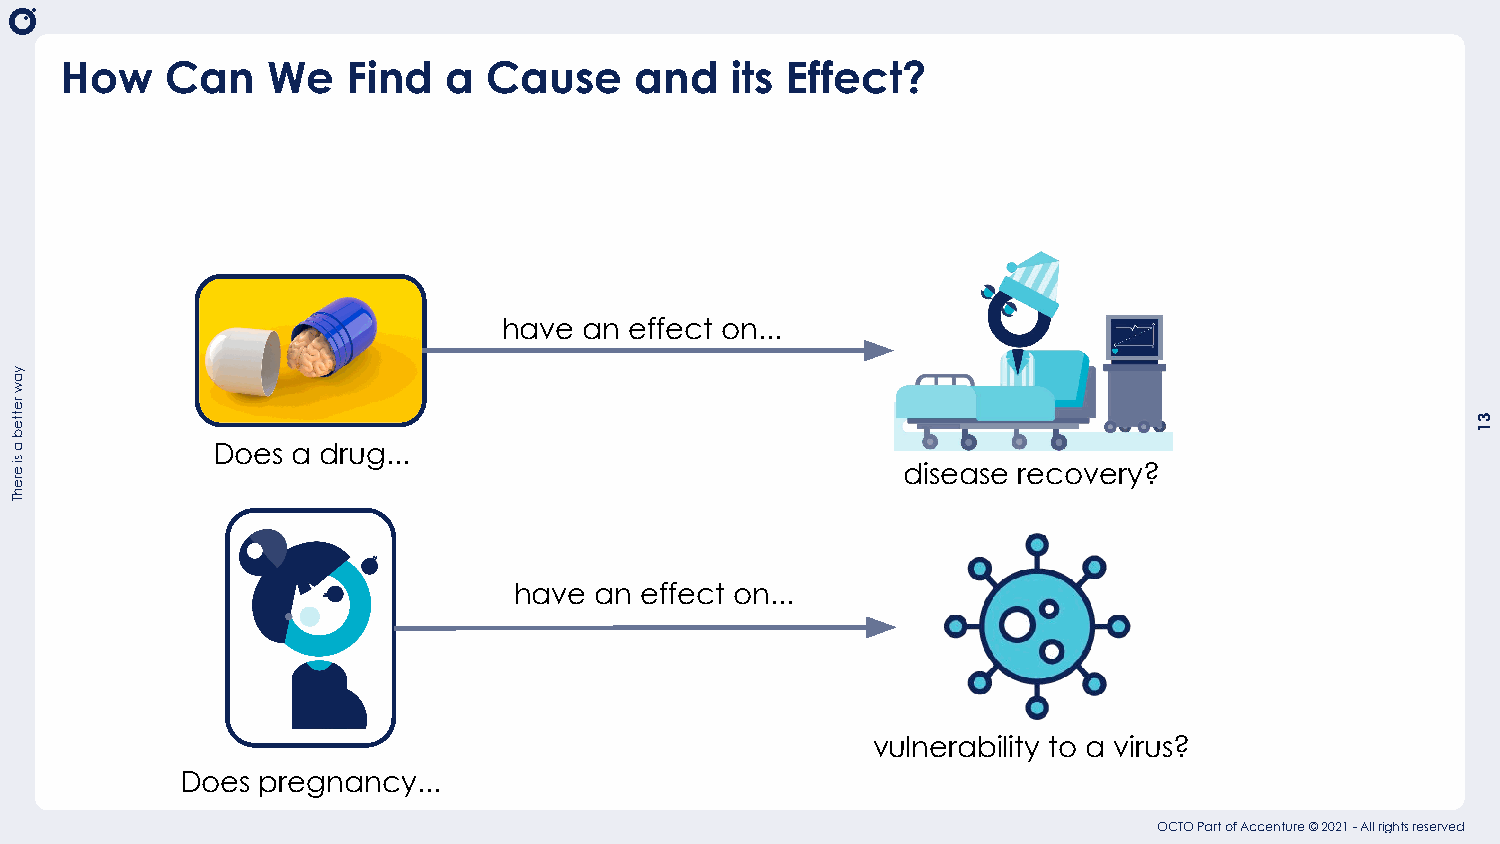
How    Can    We   Find  a  Cause     and   its Effect?
 have  an effect on...
 Does a drug...
 disease recovery?
 have an effect on...
 vulnerability to a virus?
 Does pregnancy...
 OCTO Part of Accenture © 2021 - All rights reserved
 yaw
 retteb
 a
 si
 erehT
 31